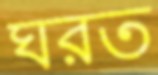
ঘরত